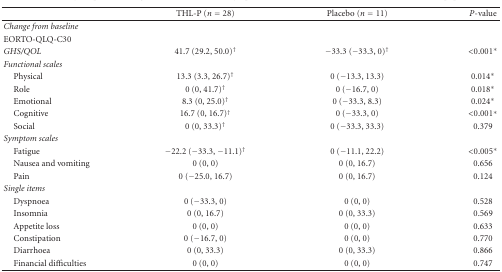
<table><thead><tr><td></td><td><b>THL-P (<i>n</i> = 28)</b></td><td><b>Placebo (<i>n</i> = 11)</b></td><td><b><i>P</i>-value</b></td></tr></thead><tbody><tr><td><i>Change from baseline</i></td><td></td><td></td><td></td></tr><tr><td>EORTO-QLQ-C30</td><td></td><td></td><td></td></tr><tr><td><i>GHS/QOL</i></td><td>41.7 (29.2, 50.0)<sup>†</sup></td><td>−33.3 (−33.3, 0)<sup>†</sup></td><td>&lt;0.001*</td></tr><tr><td><i>Functional scales</i></td><td></td><td></td><td></td></tr><tr><td> Physical</td><td>13.3 (3.3, 26.7)<sup>†</sup></td><td>0 (−13.3, 13.3)</td><td>0.014*</td></tr><tr><td> Role</td><td>0 (0, 41.7)<sup>†</sup></td><td>0 (−16.7, 0)</td><td>0.018*</td></tr><tr><td> Emotional</td><td>8.3 (0, 25.0)<sup>†</sup></td><td>0 (−33.3, 8.3)</td><td>0.024*</td></tr><tr><td> Cognitive</td><td>16.7 (0, 16.7)<sup>†</sup></td><td>0 (−33.3, 0)</td><td>&lt;0.001*</td></tr><tr><td> Social</td><td>0 (0, 33.3)<sup>†</sup></td><td>0 (−33.3, 33.3)</td><td>0.379</td></tr><tr><td><i>Symptom scales</i></td><td></td><td></td><td></td></tr><tr><td> Fatigue</td><td>−22.2 (−33.3, −11.1)<sup> †</sup></td><td>0 (−11.1, 22.2)</td><td>&lt;0.005*</td></tr><tr><td> Nausea and vomiting</td><td>0 (0, 0)</td><td>0 (0, 16.7)</td><td>0.656</td></tr><tr><td> Pain</td><td>0 (−25.0, 16.7)</td><td>0 (0, 16.7)</td><td>0.124</td></tr><tr><td><i>Single items</i></td><td></td><td></td><td></td></tr><tr><td> Dyspnoea</td><td>0 (−33.3, 0)</td><td>0 (0, 0)</td><td>0.528</td></tr><tr><td> Insomnia</td><td>0 (0, 16.7)</td><td>0 (0, 33.3)</td><td>0.569</td></tr><tr><td> Appetite loss</td><td>0 (0, 0)</td><td>0 (0, 0)</td><td>0.633</td></tr><tr><td> Constipation</td><td>0 (−16.7, 0)</td><td>0 (0, 0)</td><td>0.770</td></tr><tr><td> Diarrhoea</td><td>0 (0, 33.3)</td><td>0 (0, 33.3)</td><td>0.866</td></tr><tr><td> Financial difficulties</td><td>0 (0, 0)</td><td>0 (0, 0)</td><td>0.747</td></tr></tbody></table>